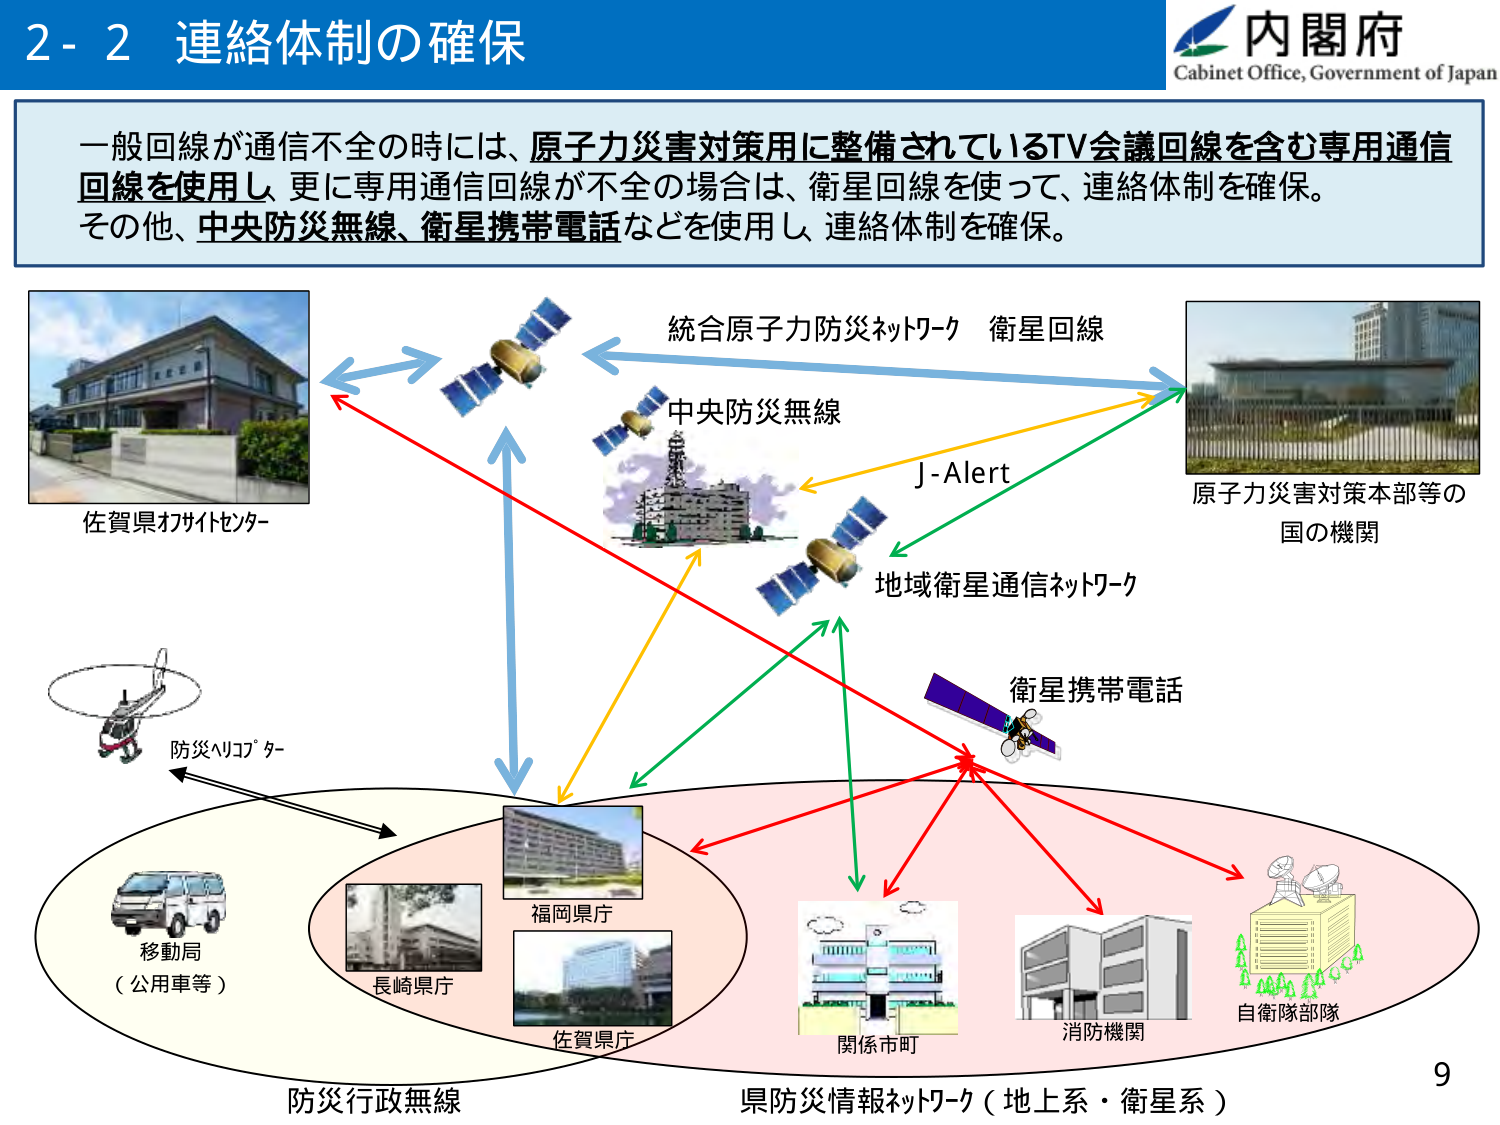
2-2 連絡体制の確保

内閣府
Cabinet Office, Government of Japan

一般回線が通信不全の時には、原子力災害対策用に整備されているTV会議回線を含む専用通信回線を使用し、更に専用通信回線が不全の場合は、衛星回線を使って、連絡体制を確保。その他、中央防災無線、衛星携帯電話などを使用し、連絡体制を確保。

佐賀県オフィスセンター

統合原子力防災ネットワーク 衛星回線
中央防災無線
J-Alert
地域衛星通信ネットワーク
衛星携帯電話

原子力災害対策本部等の
国の機関

防災ヘリコプター

移動局
（公用車等）

福岡県庁
長崎県庁
佐賀県庁

関係市町
消防機関
自衛隊部隊

防災行政無線
県防災情報ネットワーク（地上系・衛星系）

9